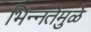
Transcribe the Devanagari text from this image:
भिन्‍नतेमुळे